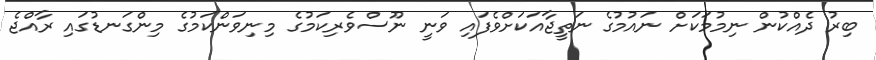
ބިރު ދެއްކުން ނިމުމަކަށް ނައުމުގެ ނަތީޖާއަކަށްވެފައި ވަނީ ނޫސްވެރިކަމުގެ މިނިވަންކަމުގެ މިންގަނޑުގައި ރާއްޖެ